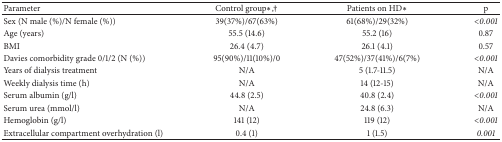
| Parameter | Control group∗,† | Patients on HD∗ | p |
 | --- | --- | --- | --- |
 | Sex (N male (%)/N female (%)) | 39(37%)/67(63%) | 61(68%)/29(32%) | <0.001 |
 | Age (years) | 55.5 (14.6) | 55.2 (16) | 0.87 |
 | BMI | 26.4 (4.7) | 26.1 (4.1) | 0.57 |
 | Davies comorbidity grade 0/1/2 (N (%)) | 95(90%)/11(10%)/0 | 47(52%)/37(41%)/6(7%) | <0.001 |
 | Years of dialysis treatment | N/A | 5 (1.7-11.5) | N/A |
 | Weekly dialysis time (h) | N/A | 14 (12-15) | N/A |
 | Serum albumin (g/l) | 44.8 (2.5) | 40.8 (2.4) | <0.001 |
 | Serum urea (mmol/l) | N/A | 24.8 (6.3) | N/A |
 | Hemoglobin (g/l) | 141 (12) | 119 (12) | <0.001 |
 | Extracellular compartment overhydration (l) | 0.4 (1) | 1 (1.5) | 0.001 |